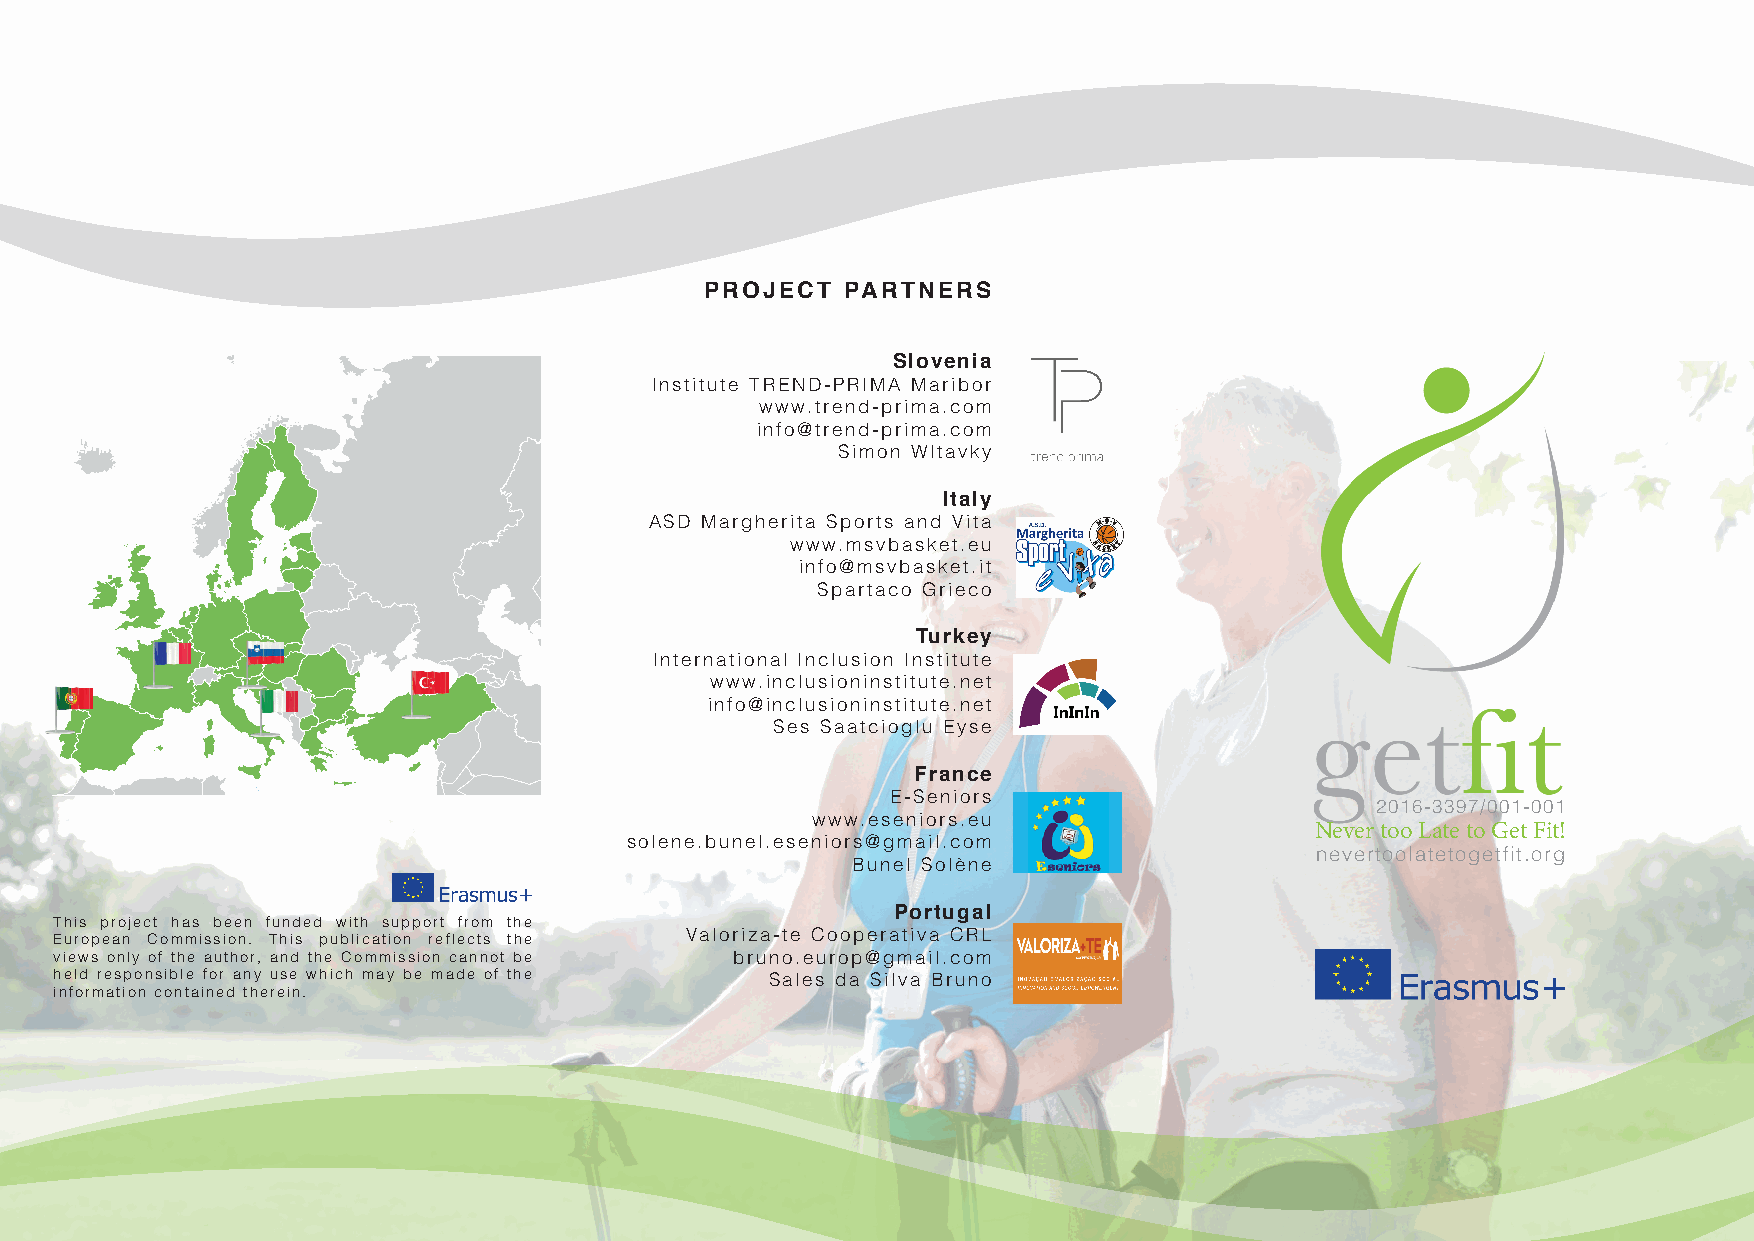
PROJECT  PARTNERS
 Slovenia
 Institute TREND-PRIMA Maribor
 www.trend-prima.com
 info@trend-prima.com
 Simon Wltavky
 Italy
 ASD Margherita Sports and Vita
 www.msvbasket.eu
 info@msvbasket.it
 Spartaco Grieco
 Turkey
 International Inclusion Institute
 www.inclusioninstitute.net
 info@inclusioninstitute.net
 Ses Saatcioglu Eyse
 France
 E-Seniors
 2016-3397/001-001
 www.eseniors.eu
 Never too Late to Get Fit!
 solene.bunel.eseniors@gmail.com
 nevertoolatetogetfit.org
 Bunel Solène
 Portugal
 This project has been funded with support from the
 European Commission. This publication reflects the Valoriza-te Cooperativa CRL
 views only of the author, and the Commission cannot be bruno.europ@gmail.com
 held responsible for any use which may be made of the Sales da Silva Bruno
 information contained therein.